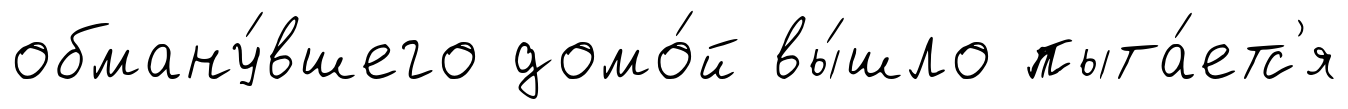
обману́вшего домо́й вы́шло пыта́етс'я